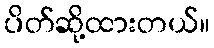
ပိတ်ဆို့ထားတယ်။